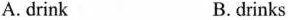
A.drink B.drinks